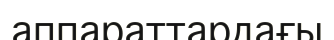
аппараттардағы